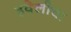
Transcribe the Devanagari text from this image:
हवेलीचा